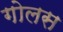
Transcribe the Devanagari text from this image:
गोलस